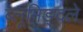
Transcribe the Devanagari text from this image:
ब्लूमिङ्दले